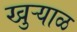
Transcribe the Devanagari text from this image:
खुऱ्याळ